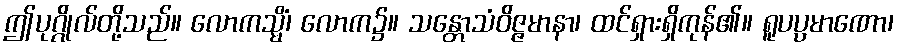
ဤပုဂ္ဂိုလ်တို့သည်။ လောကသ္မိံ၊ လောက၌။ သန္တောသံဝိဇ္ဇမာနာ၊ ထင်ရှားရှိကုန်၏။ ရူပပ္ပမာဏော၊